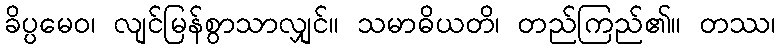
ခိပ္ပမေဝ၊ လျင်မြန်စွာသာလျှင်။ သမာဓိယတိ၊ တည်ကြည်၏။ တဿ၊